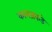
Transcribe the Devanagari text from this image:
कात्रजकडे